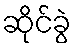
ဆိုင်ခွဲ